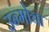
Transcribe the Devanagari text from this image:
उन्मोचा